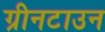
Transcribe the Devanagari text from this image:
ग्रीनटाउन